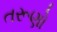
તરૂણો